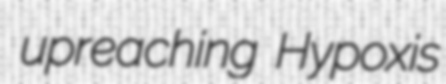
upreaching Hypoxis